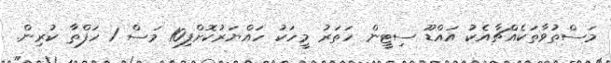
މަސްތުވާތަކެއްޗާއެކު އައްޑޫ ސިޓީން ހަތަރު މީހަކު ހައްޔަރުކޮށްފި10 މަސް 1 ހަފްތާ ކުރިން.